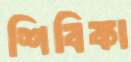
শিবিকা